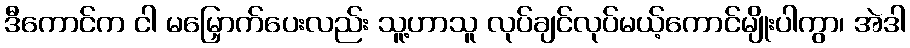
ဒီကောင်က ငါ မမြှောက်ပေးလည်း သူ့ဟာသူ လုပ်ချင်လုပ်မယ့်ကောင်မျိုးပါကွာ၊ အဲဒါ